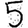
Digit: 5